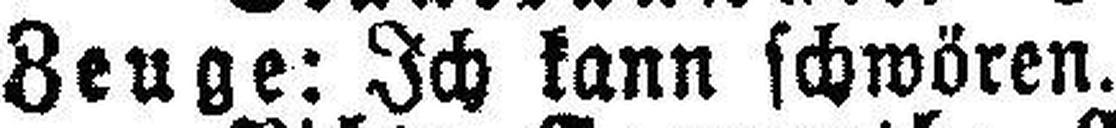
Zeuge: Ich kann schwören.